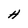
Character: H